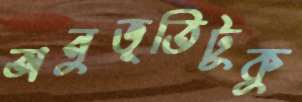
অনুভূতিটুকু